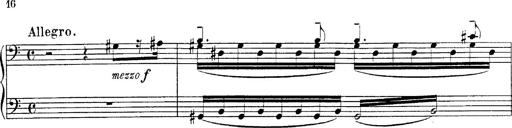
Title: Fantasie Ã¼ber Themen aus Mozarts Figaro und Don Giovanni
Composer: Franz Liszt